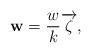
LaTeX: \begin{align*}\mathbf{w}=\frac{w}{k}\overrightarrow{\zeta},\end{align*}